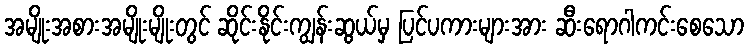
အမျိုးအစားအမျိုးမျိုးတွင် ဆိုင်းနိုင်းကျွန်းဆွယ်မှ ပြင်ပကားများအား ဆီးရောဂါကင်းစေသော